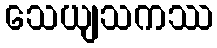
သေယျသကဿ